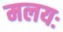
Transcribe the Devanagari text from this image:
मलयः